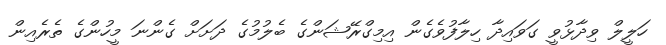
ހަލީލް ވިދާޅުވީ ގަވައިދާ ހިލާފުވެގެން އިމިގްރޭޝަންގެ ބެލުމުގެ ދަށަށް ގެންނަ މީހުންގެ ތެރެއިން